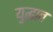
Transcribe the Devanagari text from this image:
युद्घात